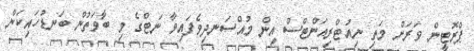
ޕްރޮޓީން ވަރަށް މަތި ނިއުޓްރިއަންޓްސް އިން މުއްސަނދިވެފައިވާ ނަޓްގެ މި ބާވަތުން ބަނޑުހައިކަން